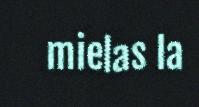
mielas la